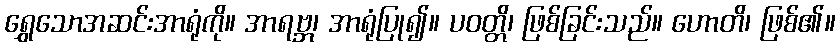
ရွှေသောအဆင်းအာရုံကို။ အာရဗ္ဘ၊ အာရုံပြု၍။ ပဝတ္တိ၊ ဖြစ်ခြင်းသည်။ ဟောတိ၊ ဖြစ်၏။